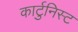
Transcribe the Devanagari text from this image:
कार्टुनिस्ट